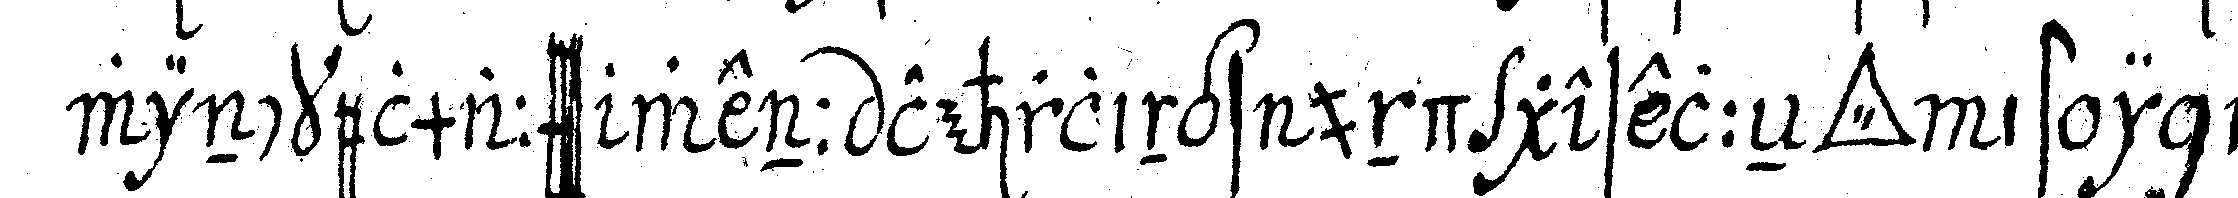
winckelmaass wenn lehrlings und geselleN *tri..* ist in